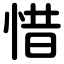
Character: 惜